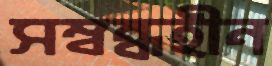
সম্বন্ধহীন